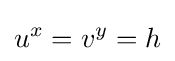
u^{x}=v^{y}=h